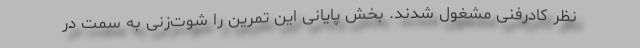
نظر کادرفنی مشغول شدند. بخش پایانی این تمرین را شوت‌زنی به سمت در